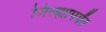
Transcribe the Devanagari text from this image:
जिल्ह्यापर्यंत